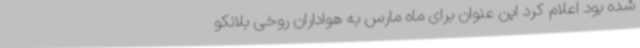
شده بود اعلام کرد این عنوان برای ماه مارس به هواداران روخی بلانکو